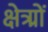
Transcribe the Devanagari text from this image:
क्षेत्र्रों